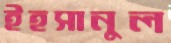
ইহসানুল